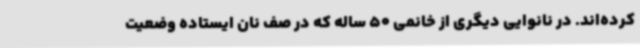
کرده‌اند. در نانوایی دیگری از خانمی 50 ساله که در صف نان ایستاده وضعیت